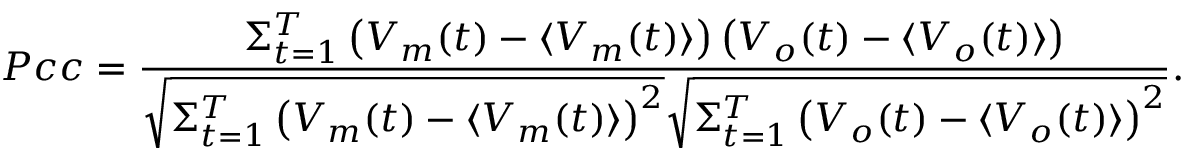
P c c = \frac { \Sigma _ { t = 1 } ^ { T } \left( V _ { m } ( t ) - \langle V _ { m } ( t ) \rangle \right) \left( V _ { o } ( t ) - \langle V _ { o } ( t ) \rangle \right) } { \sqrt { \Sigma _ { t = 1 } ^ { T } \left( V _ { m } ( t ) - \langle V _ { m } ( t ) \rangle \right) ^ { 2 } } \sqrt { \Sigma _ { t = 1 } ^ { T } \left( V _ { o } ( t ) - \langle V _ { o } ( t ) \rangle \right) ^ { 2 } } } .